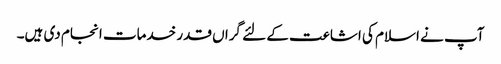
آپ نے اسلام کی اشاعت کے لئے گراں قدر خدمات انجام دی ہیں۔